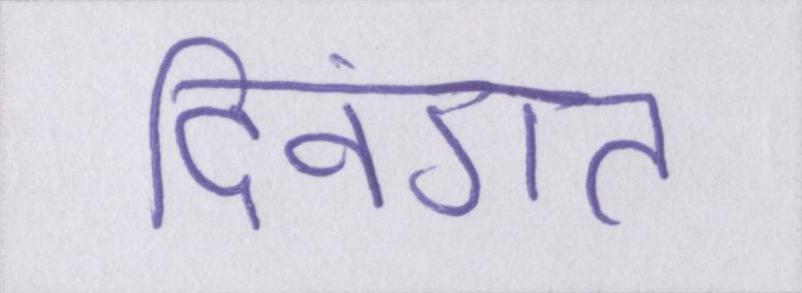
दिवंगत